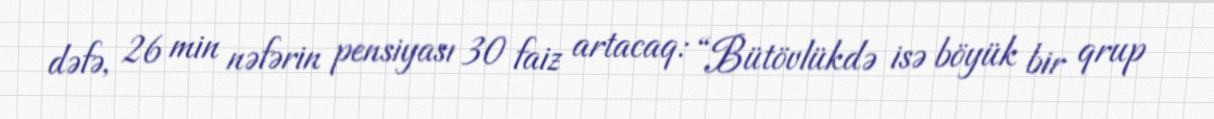
dəfə, 26 min nəfərin pensiyası 30 faiz artacaq: “Bütövlükdə isə böyük bir qrup